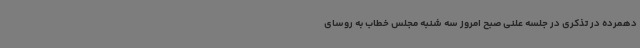
دهمرده در تذکری در جلسه علنی صبح امروز سه شنبه مجلس خطاب به روسای